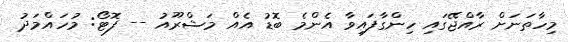
މިހާތަނަށް ރާއްޖޭގައި ހިންގާފައިވާ އެންމެ ބޮޑު އެއް މަޝްރޫއު -- ފޮޓޯ: މުހައްމަދު